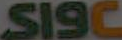
S19C